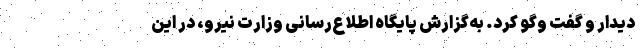
دیدار و گفت وگو کرد. به‌گزارش پایگاه اطلاع‌رسانی وزارت نیرو، در این